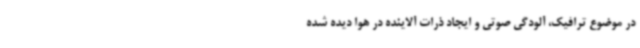
در موضوع ترافیک، آلودگی صوتی و ایجاد ذرات آلاینده در هوا دیده شده